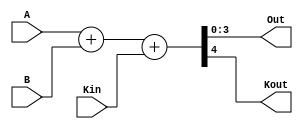
module ttl7483(Out, Kout, A, B, Kin);
    output [3:0] Out;
    output Kout;
    input [3:0] A;
    input [3:0] B;
    input Kin;

    assign #50 {Kout,Out} = A + B + Kin;

endmodule